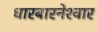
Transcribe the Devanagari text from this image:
धारबारनेश्‍वार